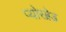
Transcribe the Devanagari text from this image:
प्योरब्रेड